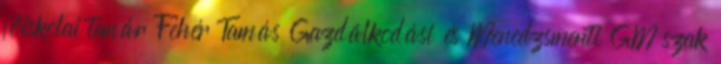
főiskolai tanár Fehér Tamás Gazdálkodási és Menedzsmenti GM szak